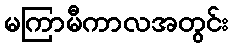
မကြာမီကာလအတွင်း